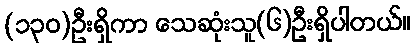
(၁၃၀)ဦးရှိကာ သေဆုံးသူ(၆)ဦးရှိပါတယ်။